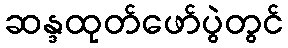
ဆန္ဒထုတ်ဖော်ပွဲတွင်